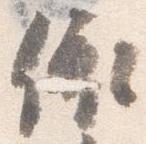
依